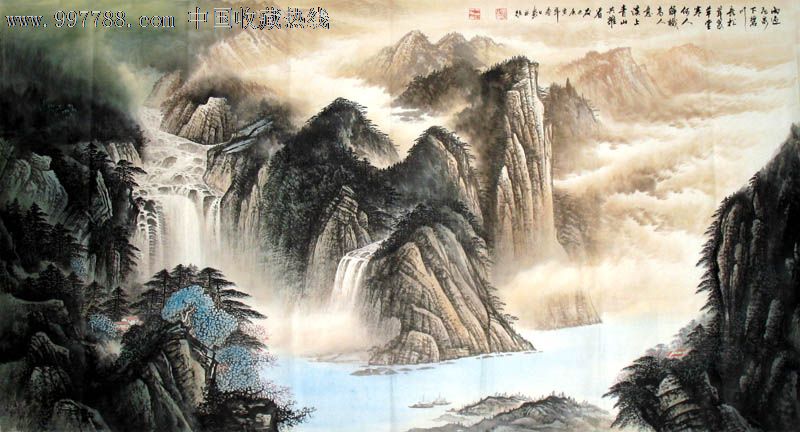
凭画槛，雨洗秋浓人淡。